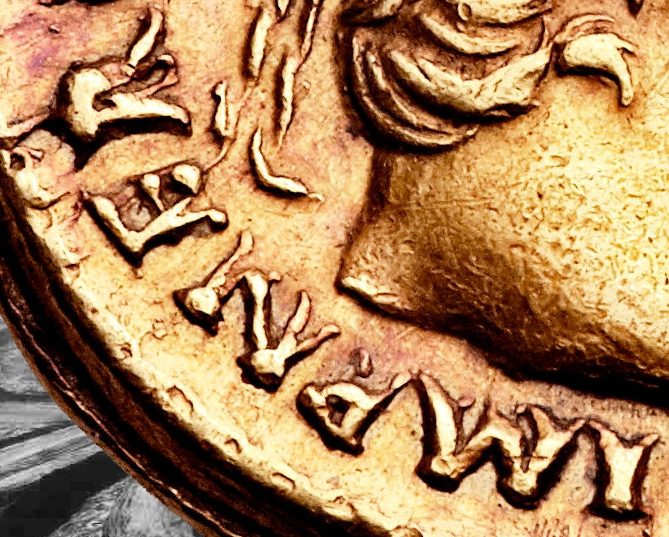
IMRMER